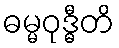
ဓမ္မဝုဒ္ဓီတိ